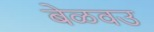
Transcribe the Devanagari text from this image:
बेळवउ